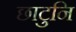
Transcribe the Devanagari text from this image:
छाटुनि